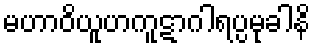
မဟာဝိယူဟကူဋာဂါရပ္ပမုခါနိ